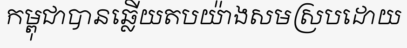
កម្ពុជាបានឆ្លើយតបយ៉ាងសមស្របដោយ